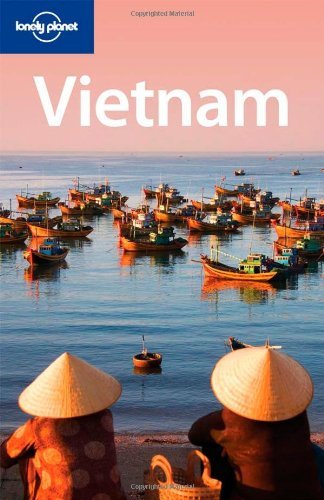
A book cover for Lonely Planet Vietnam (Country Travel Guide); Nick Ray; Travel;